Madras plague regulations and rules - Volume 1
Disease focus: Plague
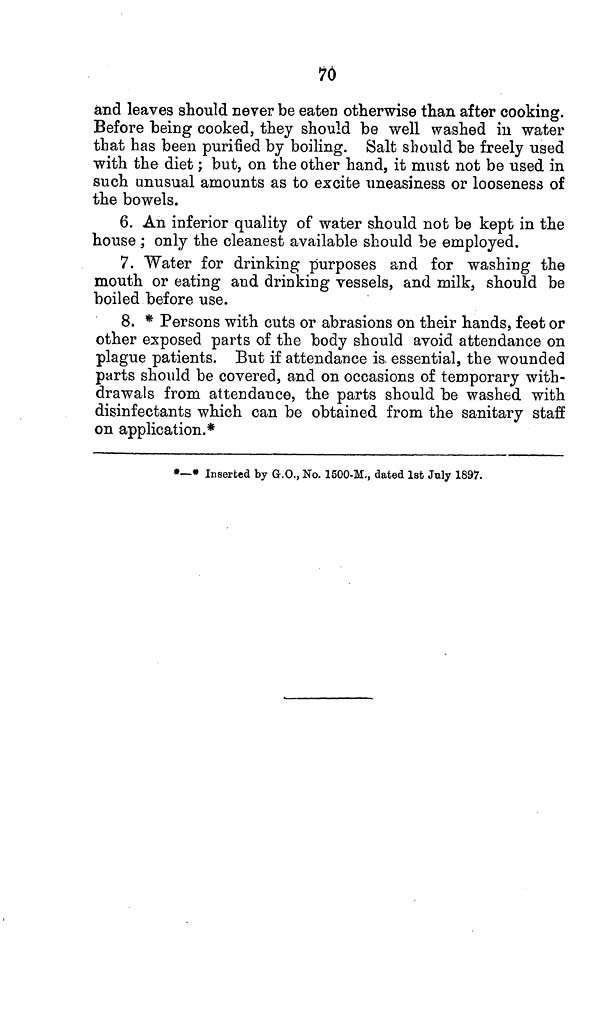
70
and leaves should never be eaten otherwise than after cooking.
Before being cooked, they should be well washed in water
that has been purified by boiling. Salt should be freely used
with the diet; but, on the other hand, it must not be used in
such unusual amounts as to excite uneasiness or looseness of
the bowels.
6. An inferior quality of water should not be kept in the
house ; only the cleanest available should be employed.
7. Water for drinking purposes and for washing the
mouth or eating and drinking vessels, and milk, should be
boiled before use.
8. * Persons with cuts or abrasions on their hands, feet or
other exposed parts of the body should avoid attendance on
plague patients. But if attendance is. essential, the wounded
parts should be covered, and on occasions of temporary with-
drawals from attendance, the parts should be washed with
disinfectants which can be obtained from the sanitary staff
on application.*
*—* Inserted by G.O., No. 1500-M., dated 1st July 1897.